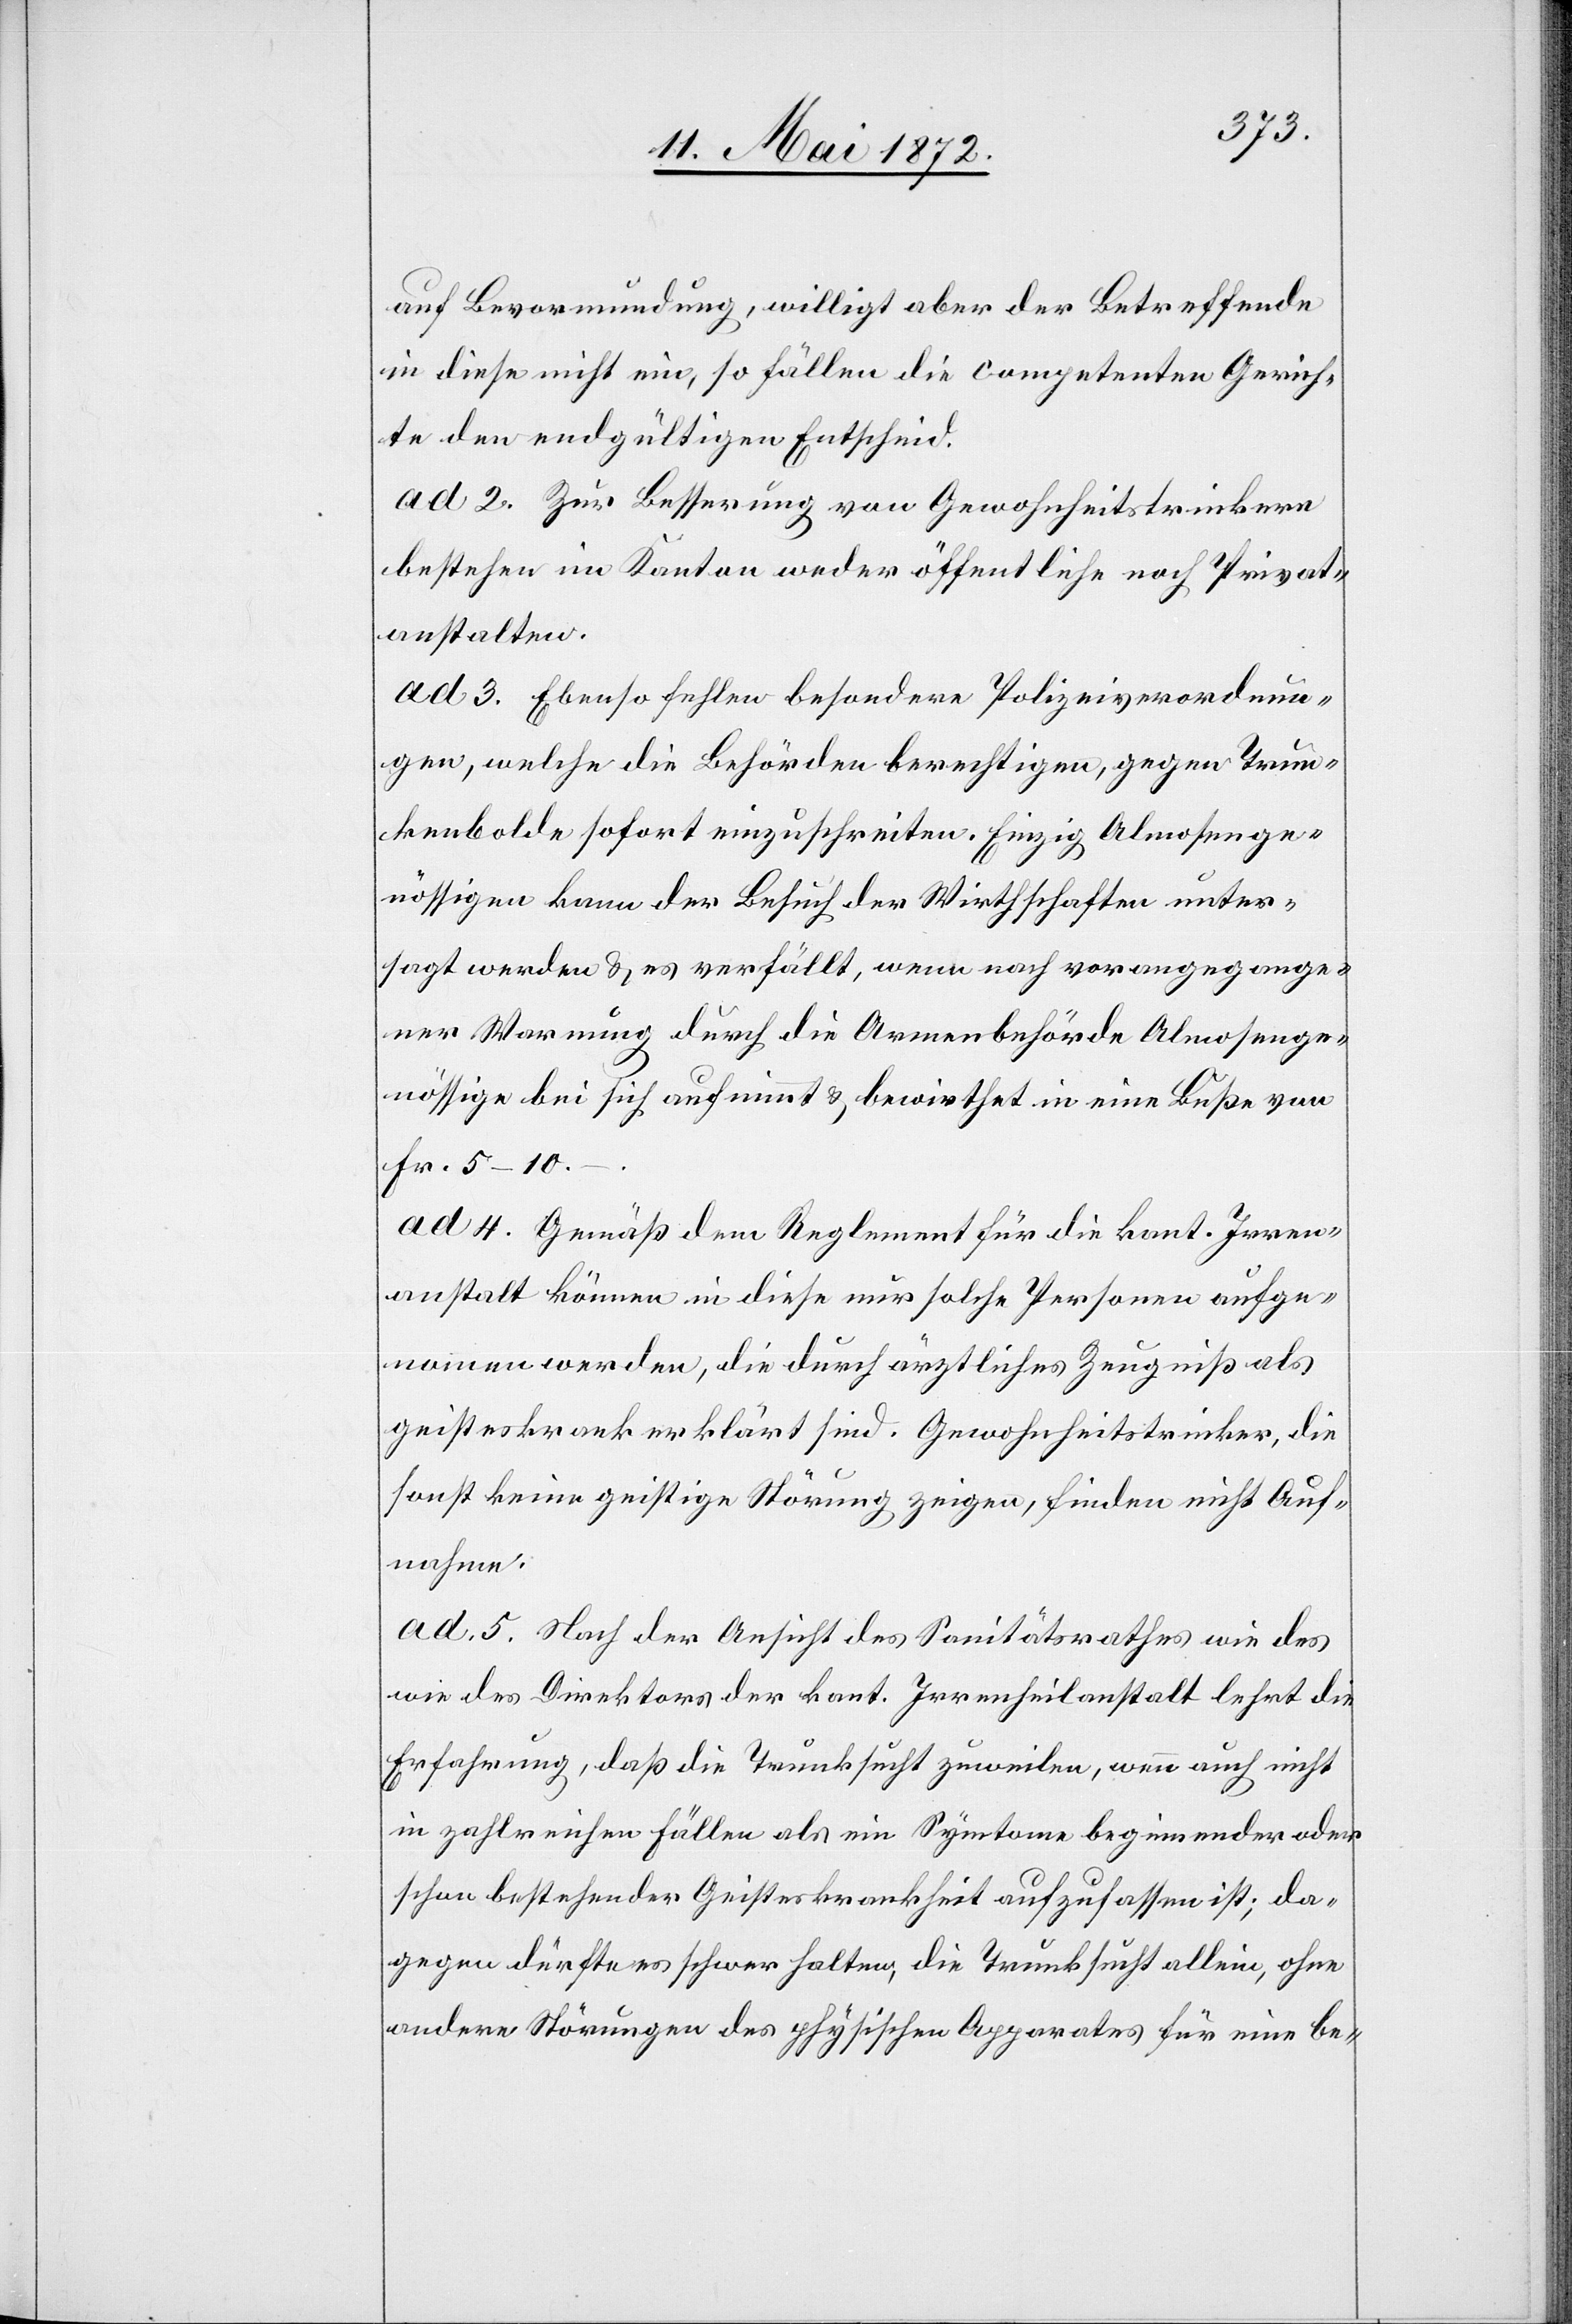
auf Bevormundung, willigt aber der Betreffende
in diese nicht ein, so fällen die competenten Gerich¬
te den endgültigen Entscheid.
ad 2. Zur Besserung von Gewohnheitstrinkern
bestehen im Kanton weder öffentliche noch Privat¬
anstalten.
ad 3. Ebenso fehlen besondere Polizeiverordnun¬
gen, welche die Behörden berechtigen, gegen Trun¬
kenbolde sofort einzuschreiten. Einzig Almosenge¬
nössigen kann der Besuch der Wirthschaften unter¬
sagt werden u. es verfällt, wenn nach vorangegange¬
ner Warnung durch die Armenbehörde Almosenge¬
nössige bei sich aufnimmt [sic!] u. bewirthet in eine Buße von
die
Fr. 5–10.–.
ad 4. Gemäß dem Reglement für die kant. Irren¬
anstalt können in diese nur solche Personen aufge¬
nommen werden, die durch ärztliches Zeugniß als
geisteskrank erklärt sind. Gewohnheitstrinker, die
sonst keine geistige Störung zeigen, finden nicht Auf¬
nahme.
ad 5. Nach der Ansicht des Sanitätsrathes wie des
Erfahrung, daß die Trunksucht zuweilen, wenn auch nicht
in zahlreichen Fällen[,] als ein Symtome [sic!] beginnender oder
schon bestehender Geisteskrankheit aufzufassen ist; da¬
gegen dürfte es schwer halten, die Trunksucht allein, ohne
andere Störungen des physischen Apparates für eine be-